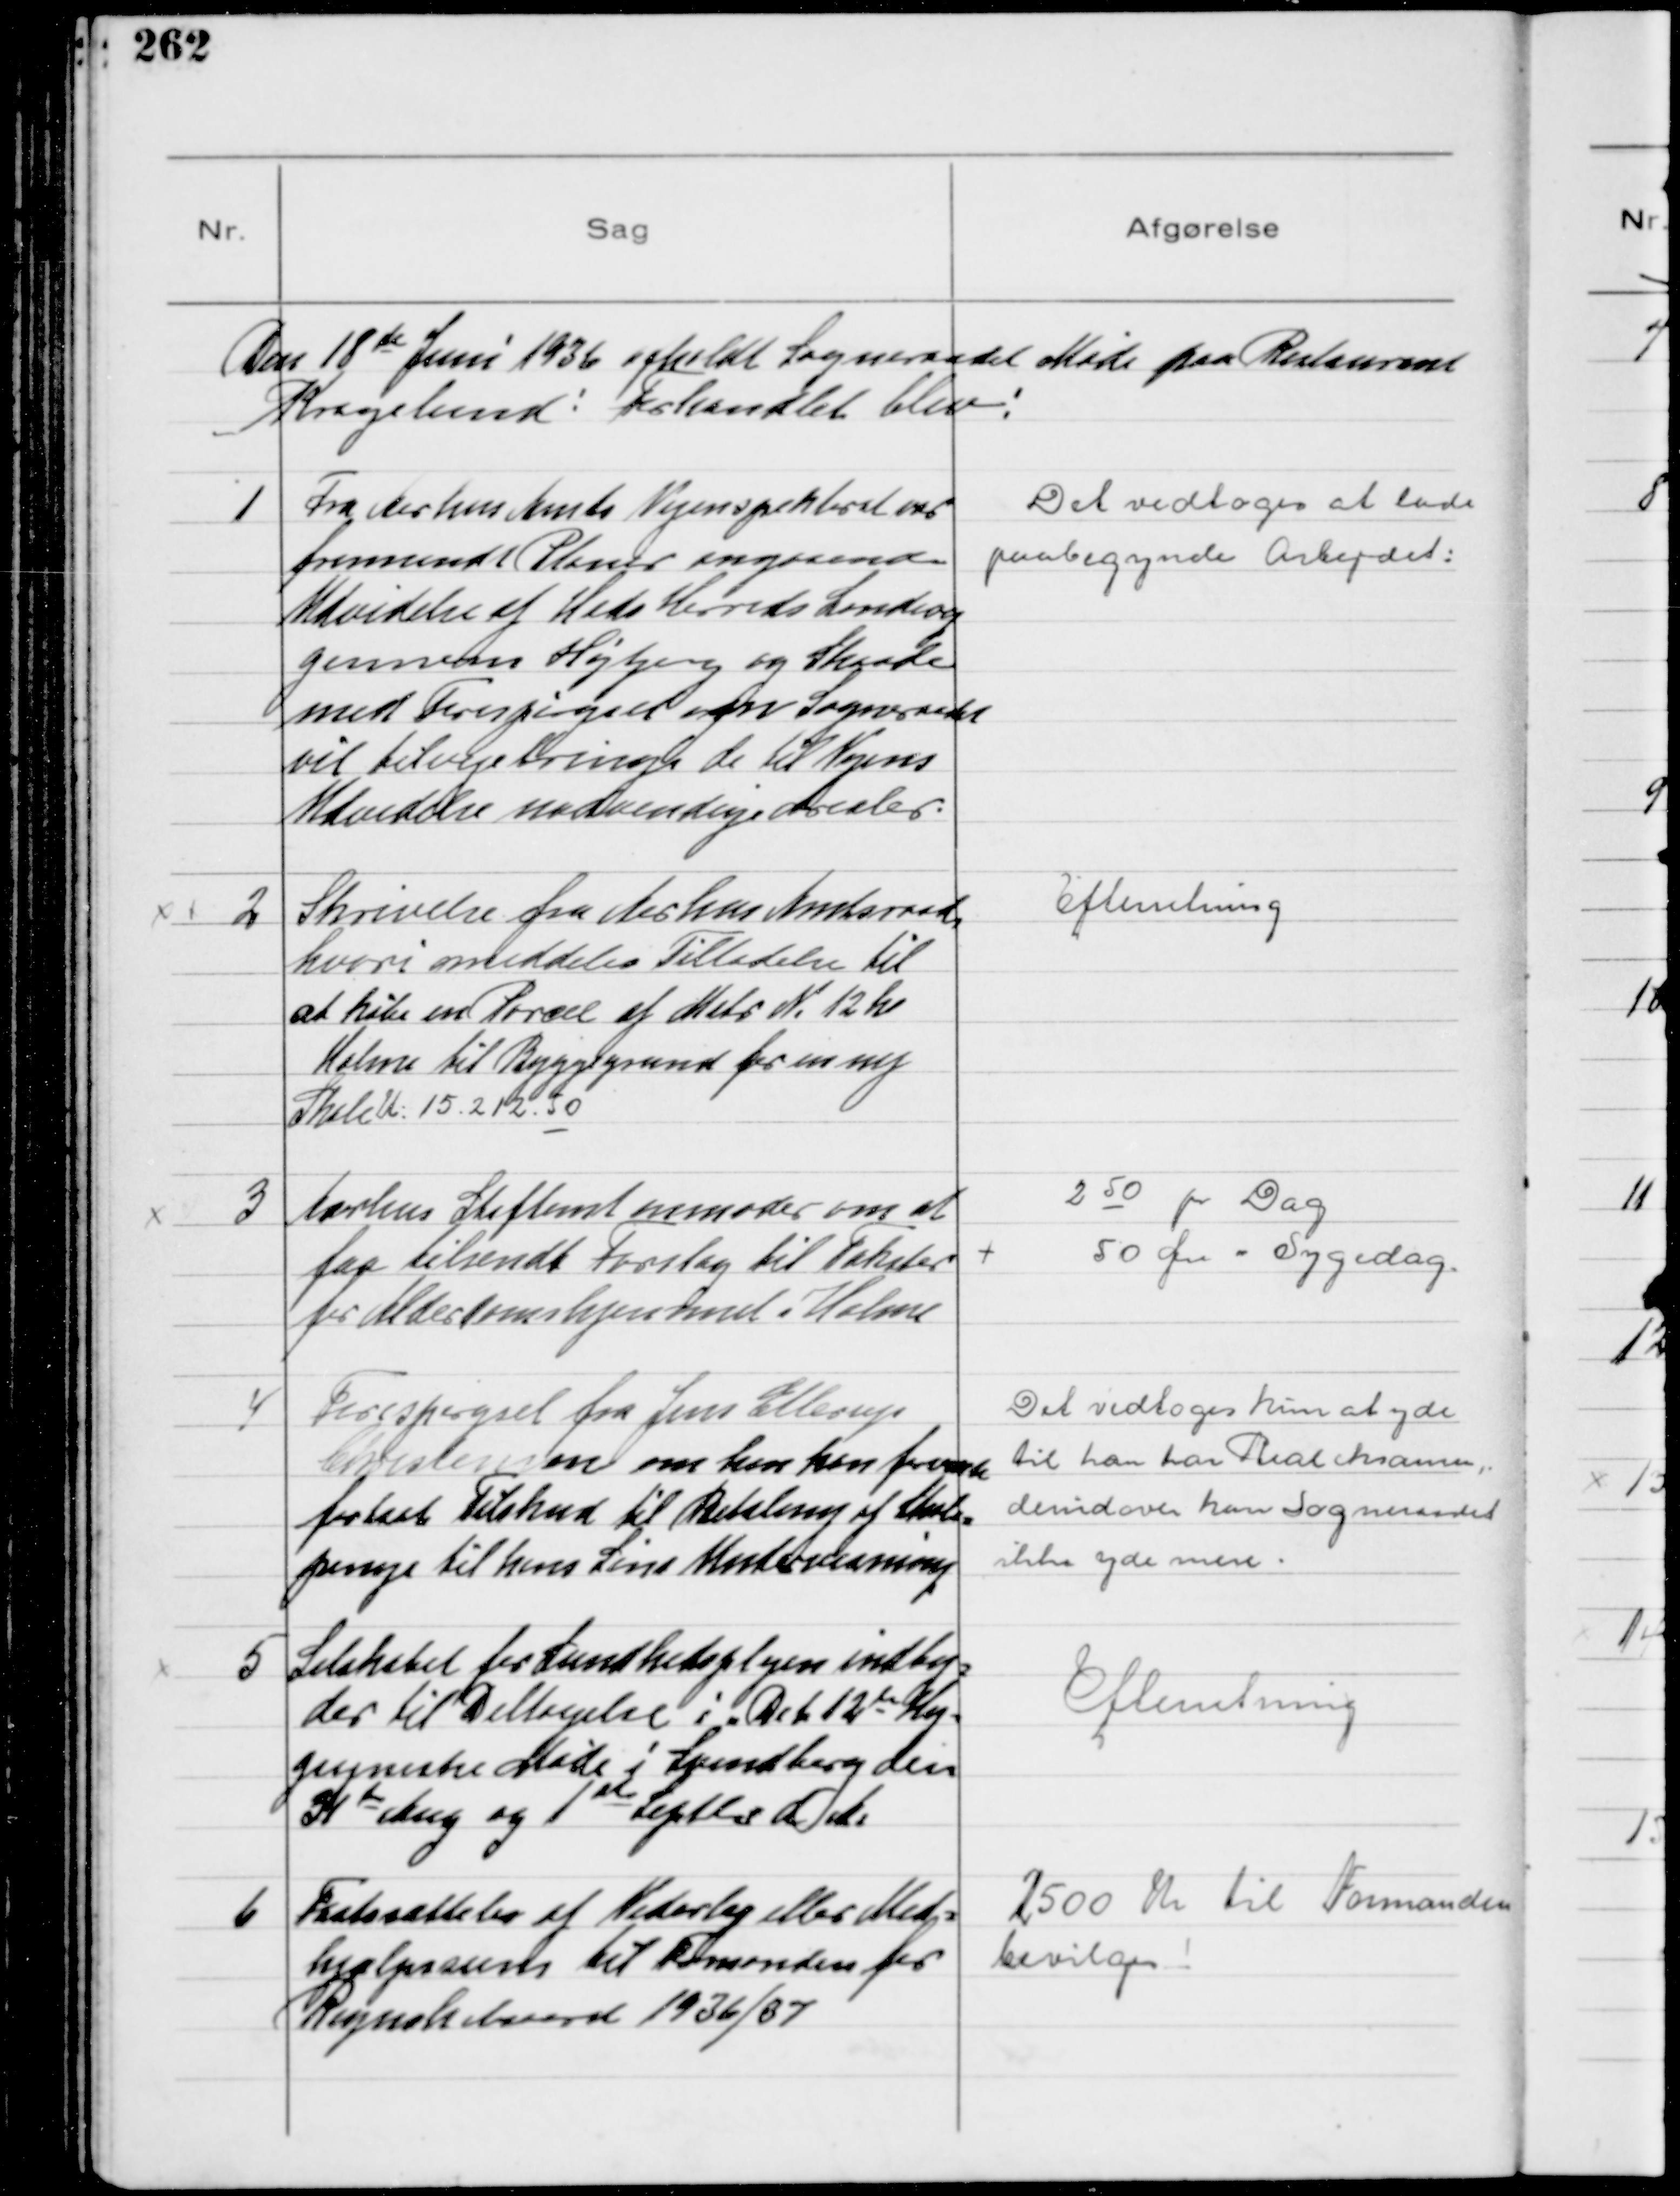
Transskription:
Den 18de Juni 1936 afholdt Sogneraadet Møde paa Restaurant
Kragelund! Forhandlet blev!

1
Fra Aarhus Amts Vejinspektorat var
fremsendt Planer angaaende
Udvidelse af Hads Herreds Landevej
gennem Højbjerg og Skaade
med Forespørgsel om Sogneraadet
vil tilvejebringe de til Vejens
Udvidelse nødvendige Arealer.

Det vedtoges at lade
paabegynde Arbejdet:

2
Skrivelse fra Aarhus Amtsraad,
hvori meddeles Tilladelse til
at købe en Parcel af Matr N. 12h
Holme til Byggegrund for en ny
SkoleU: 15.212.50

Efterretning

3
Aarhus Stiftamt anmoder om at
faa tilsendt Forslag til Takster
for Alderdomshjemmet i Holme

2 50 pr Dag
+ 50 Øre " Sygedag

4
Forespørgsel fra Jens Ellerup
Christensen om han kan forvente 
fortsat Tilskud til Betaling af Skole-
penge til hans Søns Undervisning

Det vedtoges kun at yde
til han har Realeksamen,
derudover kan Sogneraadet
ikke yde mere

5
Selskabet for Sundhedsplejen indby-
der til Deltagelse i Det 12de Hy-
giejniske Møde i Svendborg den
31te Aug og 1ste Septbr d.A.

Efterretning

6
Fastsættelse af Vederlag eller Med-
hjælpssum til Formanden for
Regnskabsaaret 1936/37

2500 Kr til Formanden
bevilges!